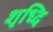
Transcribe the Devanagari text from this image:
शृध्दि